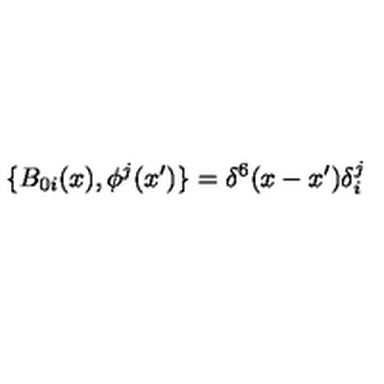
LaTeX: \{ B _ { 0 i } ( x ) , \phi ^ { j } ( x ^ { \prime } ) \} = \delta ^ { 6 } ( x - x ^ { \prime } ) \delta _ { i } ^ { j }